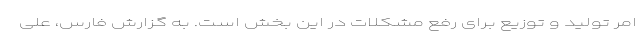
امر تولید و توزیع برای رفع مشکلات در این بخش است. به گزارش فارس، علی